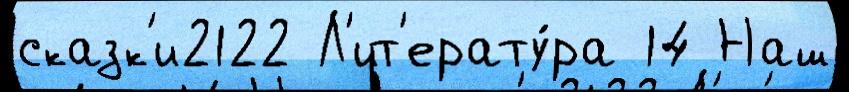
сказк'и2122 Л'ит'ерату́ра 14 Наш